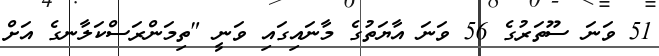
51 ވަނަ ސޫތަރުގެ 56 ވަނަ އާޔަތުގެ މާނައިގައި ވަނީ "ތިމަންރަސްކަލާނގެ އަށް